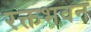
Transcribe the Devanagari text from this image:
रक्तभवन